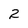
Character: 2